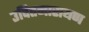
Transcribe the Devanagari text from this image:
उदितनारायण